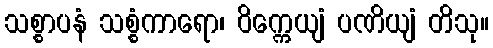
သစ္စာပနံ သစ္စံကာရော၊ ဝိက္ကေယျံ ပဏိယျံ တိသု။